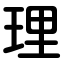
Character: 理